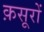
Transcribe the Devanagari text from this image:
क़सूरों